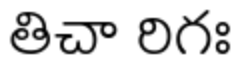
తిచా రిగః